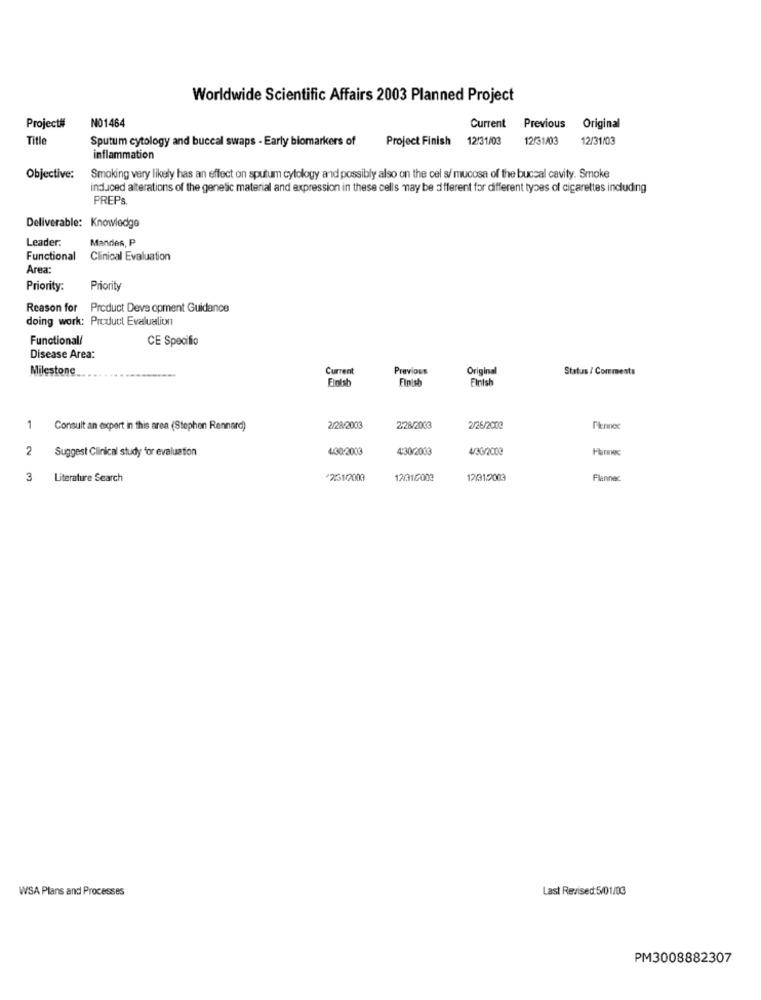
Worldwide Scientific Affairs 2003 Planned Project
NO1464
Project#
Current
Previous Original
Title
Sputum cytology and buccal swaps - Early biomarkers of
Project Finish
12/31/03
12/31/03
12/31/03
inflammation
Objective:
Smoking very likely has an effect on sputum cytology and possibly also on the cel s/ mucosa of the buccal cavity. Smoke
induced alterations of the genetic material and expression in these cells may be different for different types of cigarettes including
PREPS
Deliverable: Knowledge
Mandes, P
Leader
Functional
Clinical Evaluation
Area:
Priority:
Priority
Reason for Product Deve opment Guidance
doing work: Product Evalualion
Functional/
CE Specific
Disease Area:
Milestone
Current
Previous
Status / Comments
Einish
Original
Finish
Finish
1
Consult an expert in this area (Stephen Rennard)
2/28/2003
2:28/2003
2/26/2000
2
Suggest Clinical study for evaluation
4/30/2003
4:30/2003
4/30/2000
3
Literature Search
*2.31/2003
12/310003
1231.2003
Flanner
WSA Plans and Processes
Last Revised:5/01/03
PM3008882307